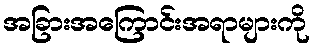
အခြားအကြောင်းအရာများကို